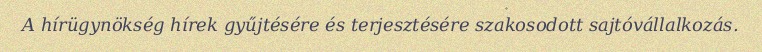
A hírügynökség hírek gyűjtésére és terjesztésére szakosodott sajtóvállalkozás.